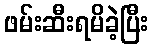
ဖမ်းဆီးရမိခဲ့ပြီး